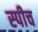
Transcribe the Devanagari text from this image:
स्‍पीच